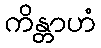
ကိန္တာဟံ